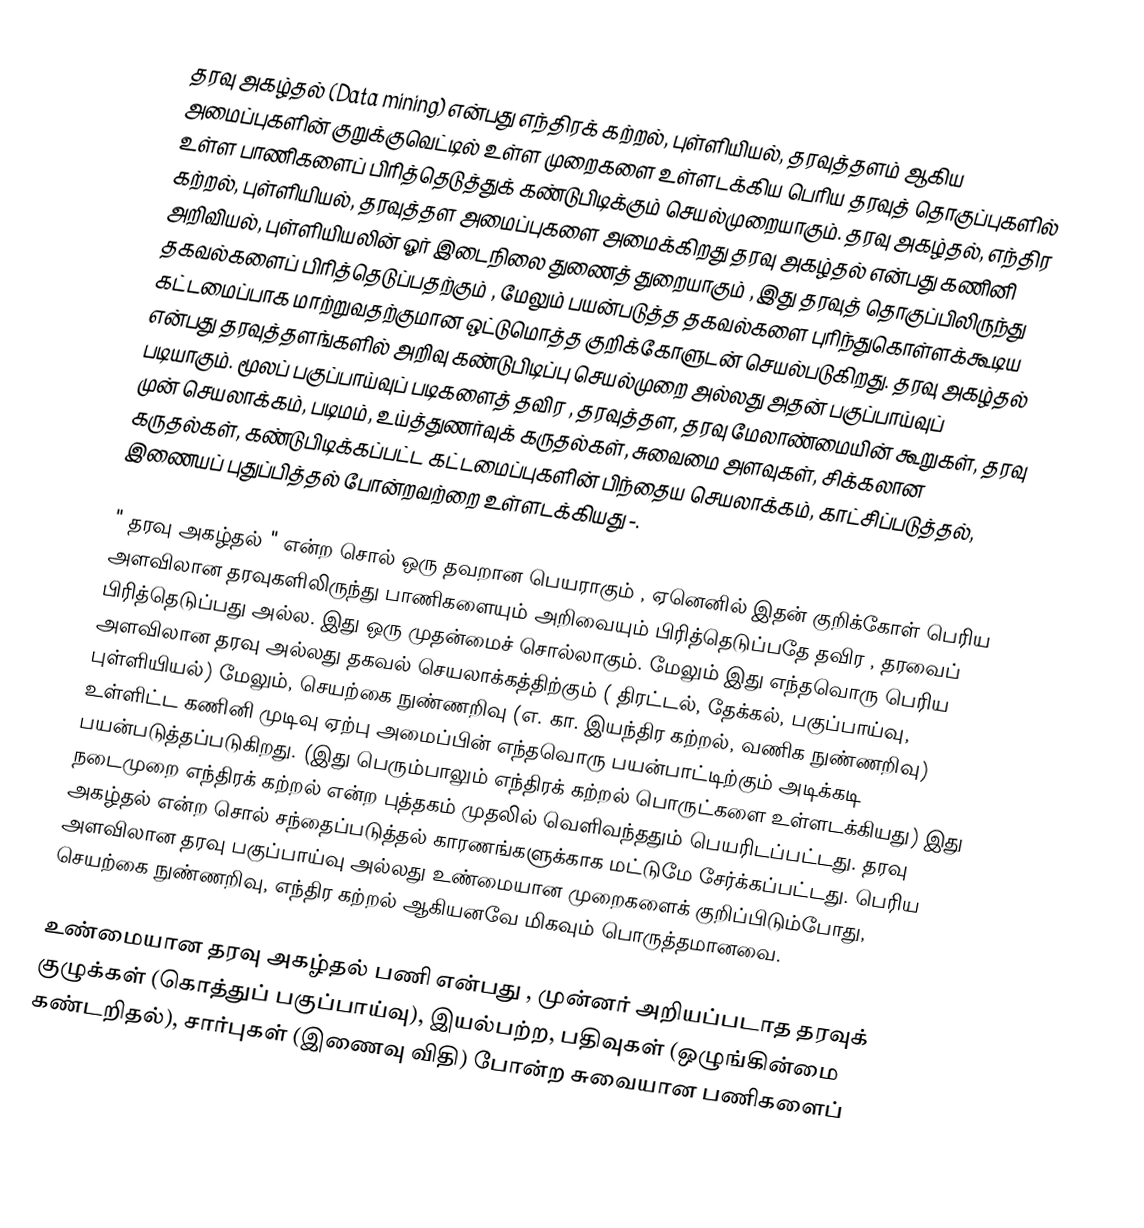
தரவு அகழ்தல் (Data mining) என்பது  எந்திரக் கற்றல், புள்ளியியல், தரவுத்தளம் ஆகிய அமைப்புகளின் குறுக்குவெட்டில் உள்ள முறைகளை உள்ளடக்கிய பெரிய தரவுத் தொகுப்புகளில் உள்ள பாணிகளைப் பிரித்தெடுத்துக் கண்டுபிடிக்கும் செயல்முறையாகும். தரவு  அகழ்தல்,  எந்திர கற்றல், புள்ளியியல், தரவுத்தள அமைப்புகளை அமைக்கிறது தரவு அகழ்தல் என்பது கணினி அறிவியல், புள்ளியியலின்  ஓர் இடைநிலை துணைத் துறையாகும் , இது தரவுத் தொகுப்பிலிருந்து தகவல்களைப் பிரித்தெடுப்பதற்கும் , மேலும் பயன்படுத்த தகவல்களை புரிந்துகொள்ளக்கூடிய கட்டமைப்பாக மாற்றுவதற்குமான ஒட்டுமொத்த குறிக்கோளுடன் செயல்படுகிறது. தரவு அகழ்தல் என்பது தரவுத்தளங்களில் அறிவு கண்டுபிடிப்பு செயல்முறை அல்லது   அதன் பகுப்பாய்வுப் படியாகும்.  மூலப் பகுப்பாய்வுப் படிகளைத் தவிர ,  தரவுத்தள, தரவு மேலாண்மையின் கூறுகள், தரவு முன் செயலாக்கம், படிமம்,  உய்த்துணர்வுக் கருதல்கள், சுவைமை அளவுகள், சிக்கலான கருதல்கள், கண்டுபிடிக்கப்பட்ட கட்டமைப்புகளின் பிந்தைய செயலாக்கம், காட்சிப்படுத்தல், இணையப் புதுப்பித்தல் போன்றவற்றை  உள்ளடக்கியது -.

" தரவு  அகழ்தல் " என்ற சொல் ஒரு தவறான பெயராகும் , ஏனெனில் இதன் குறிக்கோள் பெரிய அளவிலான தரவுகளிலிருந்து பாணிகளையும் அறிவையும் பிரித்தெடுப்பதே தவிர , தரவைப் பிரித்தெடுப்பது அல்ல.  இது ஒரு முதன்மைச் சொல்லாகும். மேலும் இது எந்தவொரு பெரிய அளவிலான தரவு அல்லது தகவல் செயலாக்கத்திற்கும் ( திரட்டல், தேக்கல், பகுப்பாய்வு, புள்ளியியல்) மேலும், செயற்கை நுண்ணறிவு (எ. கா. இயந்திர கற்றல்,  வணிக நுண்ணறிவு) உள்ளிட்ட கணினி முடிவு  ஏற்பு அமைப்பின் எந்தவொரு பயன்பாட்டிற்கும் அடிக்கடி பயன்படுத்தப்படுகிறது. (இது பெரும்பாலும்  எந்திரக் கற்றல் பொருட்களை உள்ளடக்கியது) இது  நடைமுறை  எந்திரக் கற்றல்  என்ற புத்தகம் முதலில் வெளிவந்ததும் பெயரிடப்பட்டது.  தரவு அகழ்தல் என்ற சொல் சந்தைப்படுத்தல் காரணங்களுக்காக மட்டுமே சேர்க்கப்பட்டது.  பெரிய அளவிலான தரவு பகுப்பாய்வு அல்லது  உண்மையான முறைகளைக் குறிப்பிடும்போது, செயற்கை நுண்ணறிவு,  எந்திர கற்றல் ஆகியனவே மிகவும் பொருத்தமானவை.

உண்மையான தரவு  அகழ்தல் பணி என்பது , முன்னர் அறியப்படாத தரவுக் குழுக்கள் (கொத்துப் பகுப்பாய்வு),  இயல்பற்ற, பதிவுகள் (ஒழுங்கின்மை கண்டறிதல்), சார்புகள் (இணைவு விதி) போன்ற சுவையான பணிகளைப்